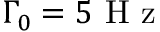
\Gamma _ { 0 } = 5 \mathrm { ~ H ~ z ~ }